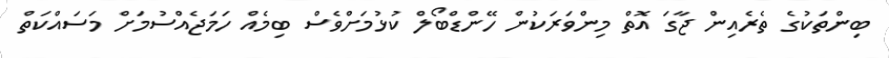
ބިންތަކުގެ ތެރެއިން ޖާގަ އޮތް މިންވަރަކުން ހޭންޑްބޯލް ކުޅުމަށްވެސް ބިމެއް ހަމަޖެއްސުމަށް މަސައްކަތް